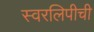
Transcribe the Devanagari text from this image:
स्वरलिपीची